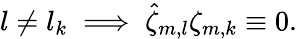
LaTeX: l\neq l_{k}\implies\hat{\zeta}_{m,l}\zeta_{m,k}\equiv 0.